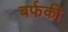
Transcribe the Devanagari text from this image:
बर्फकी